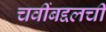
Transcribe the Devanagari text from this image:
चवींबद्दलची